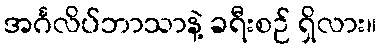
အင်္ဂလိပ်ဘာသာနဲ့ ခရီးစဉ် ရှိလား။